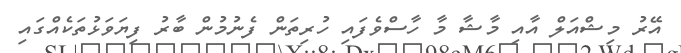
އޭރު މިޝްއަލް އާއި މާޝާ މާ ހާސްވެފައި ހުރިތަން ފެނުމުން ބާރު ފިޔަވަޅުތަކެއްގައި